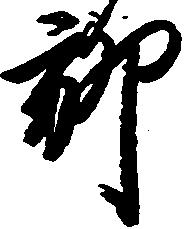
聊